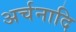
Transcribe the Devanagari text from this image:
अर्चनादि